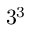
3 ^ { 3 }